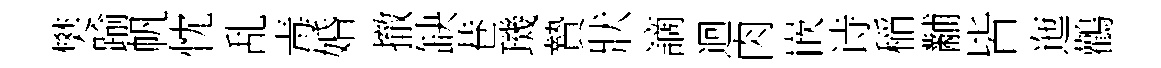
樊踰帆忱乱毒婚撤缺巷璣贄狀謫迴肉嵌诗稲黼皆迤鸛